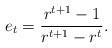
LaTeX: \begin{align*}e_t=\frac{r^{t+1}-1}{r^{t+1}-r^t}. \end{align*}